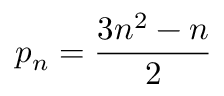
p _ { n } = { \frac { 3 n ^ { 2 } - n } { 2 } }